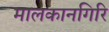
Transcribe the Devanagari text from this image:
मालकानगिरि